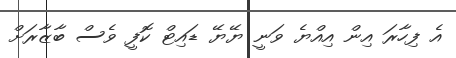
އެ ފިހާރަ އިން އިއްޔެ ވަނީ ޔޭޔޭ ޑައިޓް ކޮފީ ވެސް ބާޒާރަށް